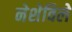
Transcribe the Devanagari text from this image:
नेशेविले